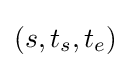
(s,t_{s},t_{e})